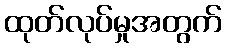
ထုတ်လုပ်မှုအတွက်